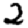
Digit: 2